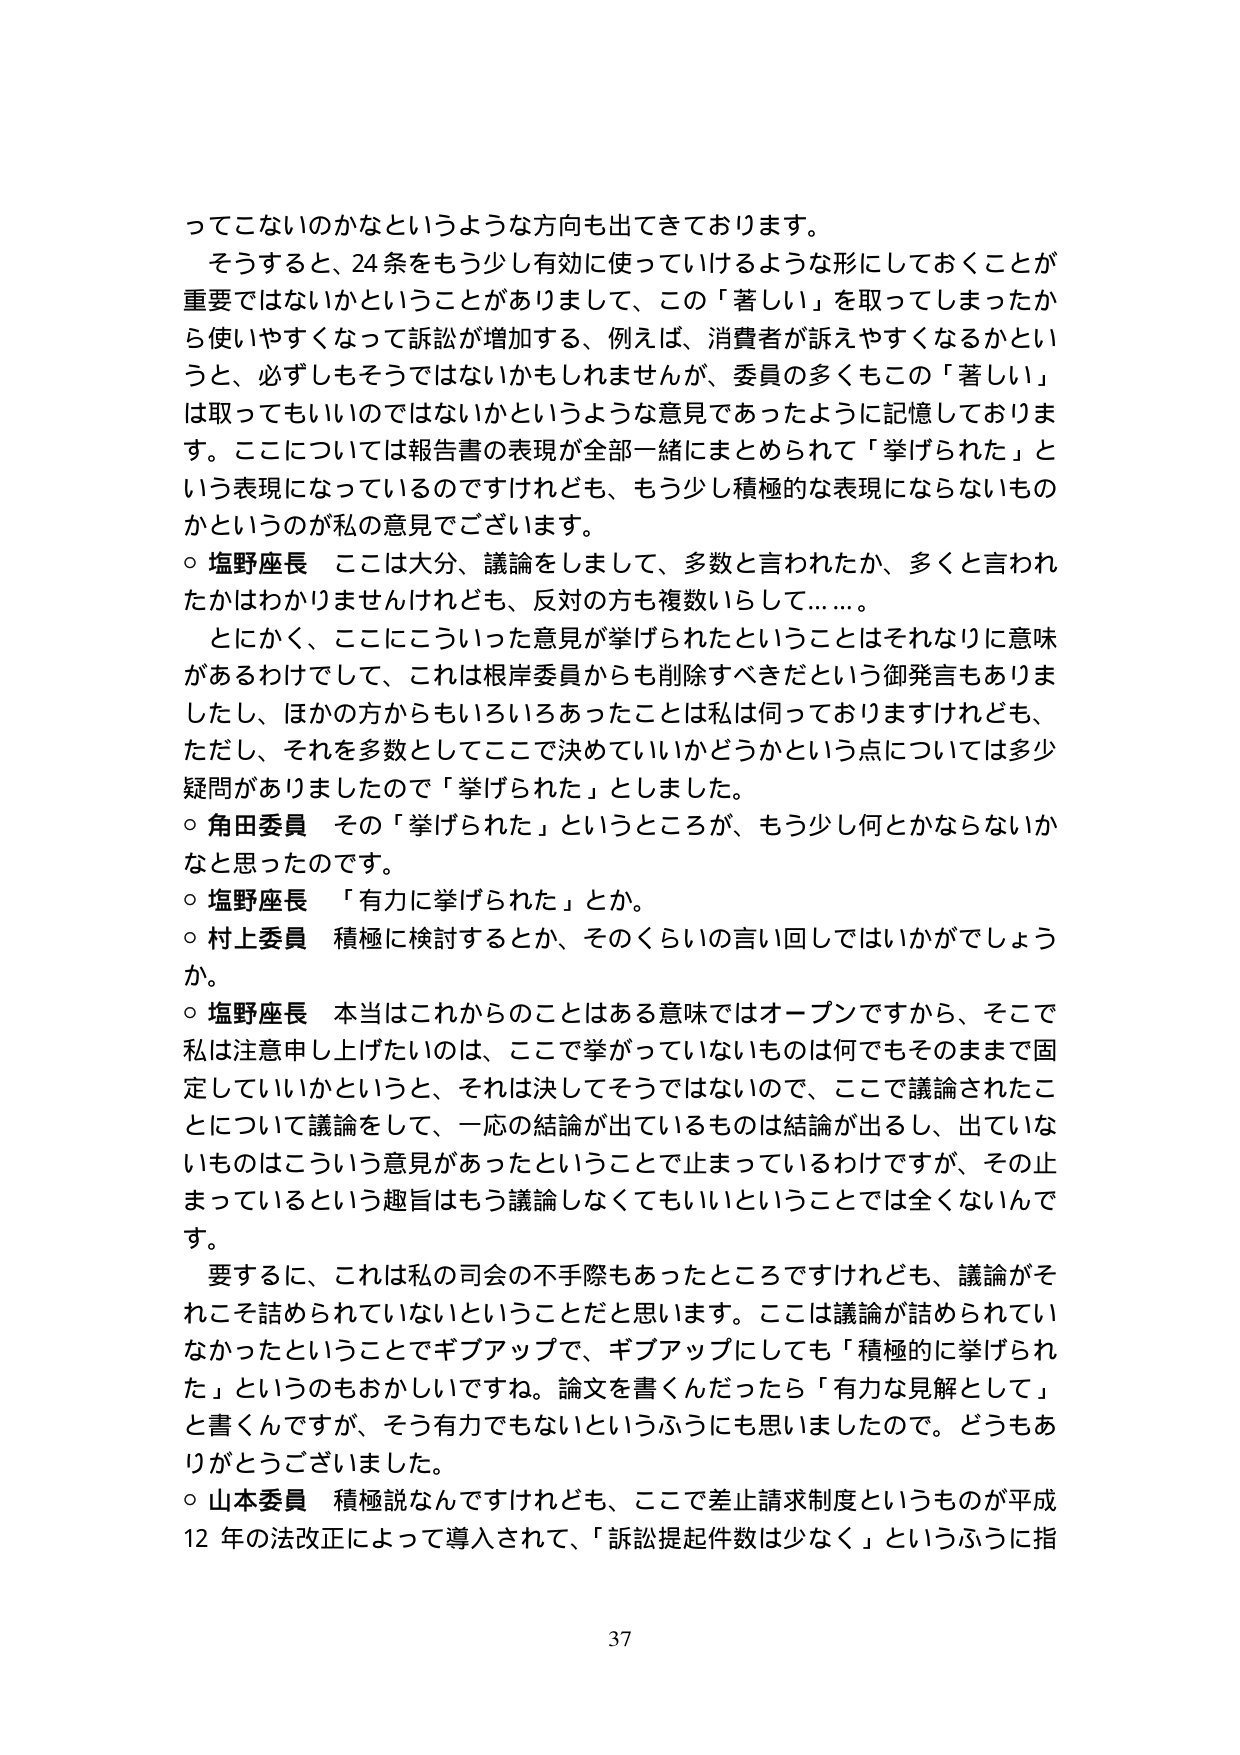
ってこないのかなというような方向も出てきております。
そうすると、24条をもう少し有効に使っていけるような形にしておくことが
重要ではないかということがありまして、この「著しい」を取ってしまったか
ら使いやすくなって訴訟が増加する、例えば、消費者が訴えやすくなるかとい
うと、必ずしもそうではないかもしれませんか、委員の多くもこの「著しい」
は取ってもいいのではないかというような意見であったように記憶しておりま
す。ここについては報告書の表現が全部一緒にまとめられて「挙げられた」と
いう表現になっているのですけれども、もう少し積極的な表現にならないもの
かというのが私の意見でございます。
○ 塩野座長 ここは大分、議論をしまして、多数と言われたか、多くと言われ
たかはわかりませんけれども、反対の方も複数いらして……。
とにかく、ここにこういった意見が挙げられたということはそれなりに意味
があるわけでして、これは根岸委員からも削除すべきだという御発言もありま
したし、ほかの方からもいろいろあったことは私は伺っておりますけれども、
ただし、それを多数としてここで決めていいかどうかという点については多少
疑問がありましたので「挙げられた」としました。
○ 角田委員 その「挙げられた」というところが、もう少し何とかならないか
なと思ったのです。
○ 塩野座長 「有力に挙げられた」とか。
○ 村上委員 積極に検討するとか、そのくらいの言い回しではいかがでしょう
か。
○ 塩野座長 本当はこれからのことはある意味ではオープンですから、そこで
私は注意申し上げたいのは、ここで挙がっていないものは何でもそのままに固
定していいかというと、それは決してそうではないので、ここで議論されたこ
とについて議論をして、一応の結論が出ているものは結論が出るし、出ていな
いものはこういう意見があったということで止まっているわけですが、その止
まっているという趣旨はもう議論しなくてもいいということでは全くないんで
す。
要するに、これは私の司会の不手際もあったところですけれども、議論がそ
れこそ詰められていないということだと思います。ここは議論が詰められてい
なかったということでギブアップで、ギブアップにしても「積極的に挙げられ
た」というのもおかしいですね。論文を書くんだったら「有力な見解として」
と書くんですが、そう有力でもないというふうにも思いましたので。どうもあ
りがとうございました。
○ 山本委員 積極説なんですけれども、ここで差止請求制度というものが平成
12年の法改正によって導入されて、「訴訟提起件数は少なく」というふうに指
37